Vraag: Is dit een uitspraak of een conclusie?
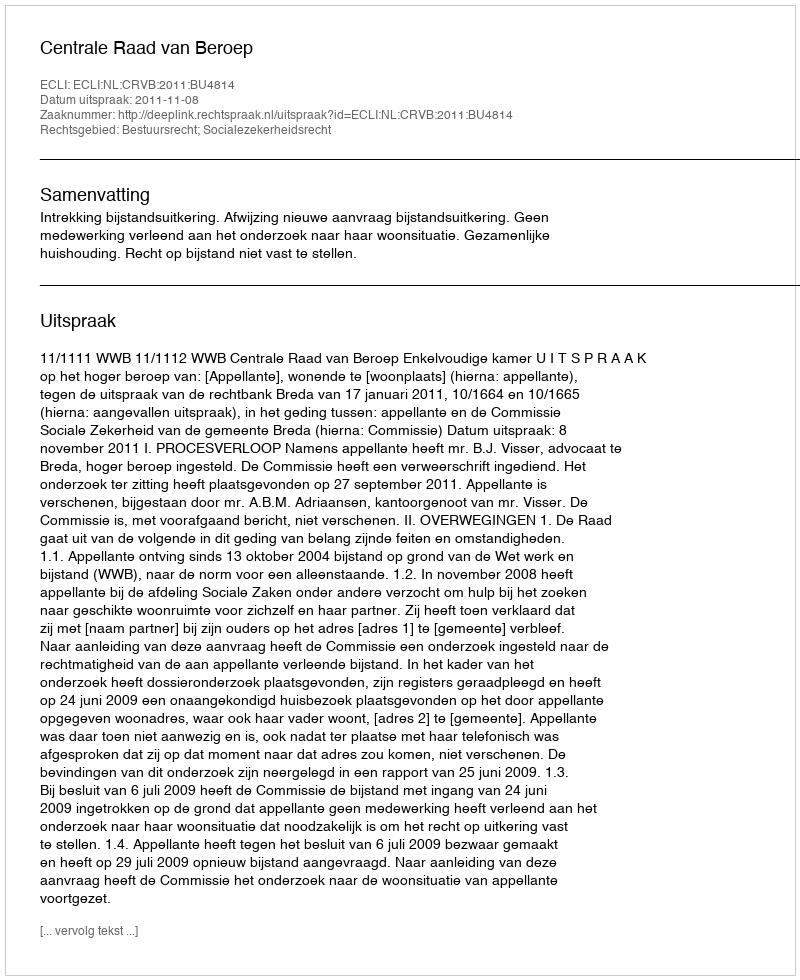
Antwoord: Uitspraak